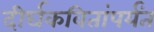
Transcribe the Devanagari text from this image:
दीर्घकवितांपर्यंत